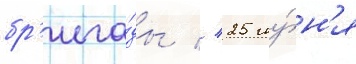
бр'ига́ды // 25 иу́н'я